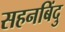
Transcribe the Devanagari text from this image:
सहनबिंदु